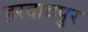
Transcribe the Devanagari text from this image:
हरदादपुर